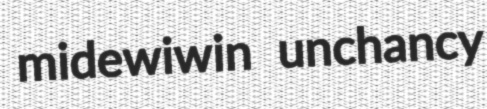
midewiwin unchancy